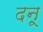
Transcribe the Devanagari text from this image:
दनू